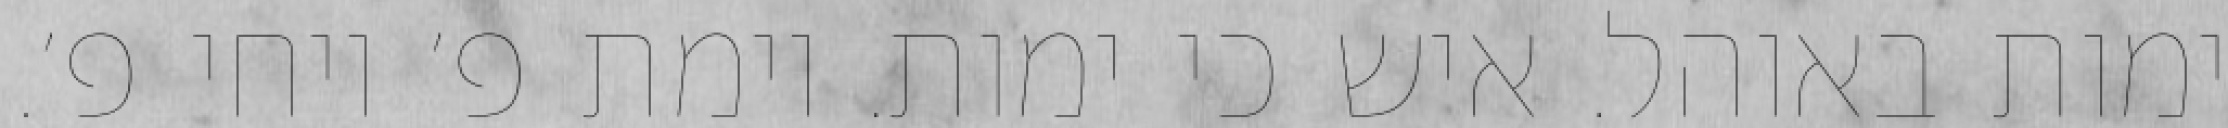
ימות באוהל. איש כי ימות. וימת פ׳ ויחי פ׳.